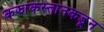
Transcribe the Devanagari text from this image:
कझाकस्तानकडून